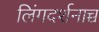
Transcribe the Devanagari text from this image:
लिंगदर्शनाच्च